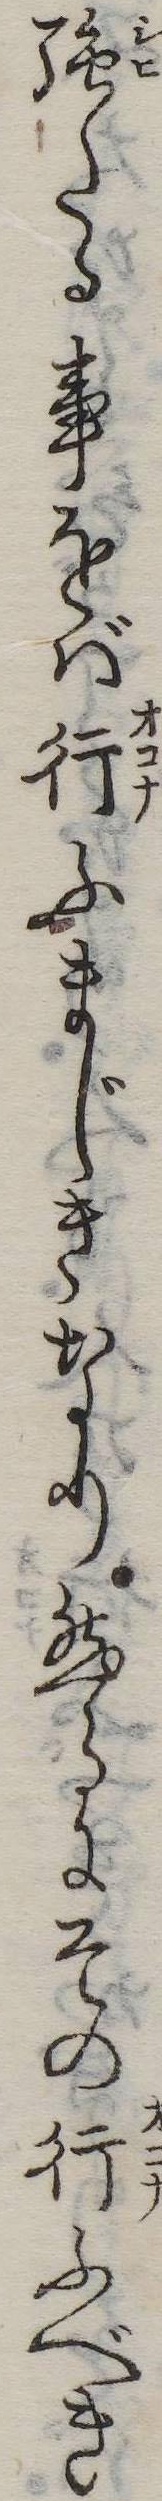
強たる事をば行ふまじきなり然るにその行ふべき